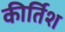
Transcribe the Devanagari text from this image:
कीर्तिश